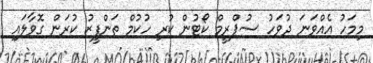
މިމަހު އެއްވަނަ ދުވަހު ސުޕްރީމް ކޯޓުން ކުރި ހުކުމް ތަންފީޒު ކުރަން ގޮވާލައި